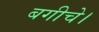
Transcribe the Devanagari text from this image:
बगीचे।